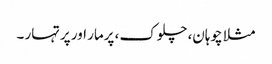
مثلا چوہان، چلوک، پرمار اور پرتہار ۔